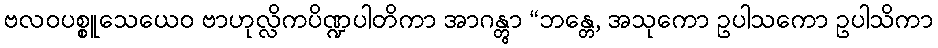
ဗလဝပစ္စူသေယေဝ ဗာဟုလ္လိကပိဏ္ဍပါတိကာ အာဂန္တွာ “ဘန္တေ, အသုကော ဥပါသကော ဥပါသိကာ